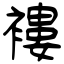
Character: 褸